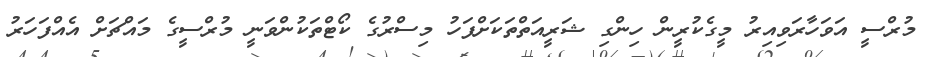
މުރްސީ އަވަހާރަވިއިރު މީގެކުރީން ހިންގި ޝަރީއަތްތަކަށްފަހު މިސްރުގެ ކޯޓްތަކުންވަނީ މުރްސީގެ މައްޗަށް އެއްފަހަރު